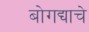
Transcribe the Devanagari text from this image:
बोगद्याचे